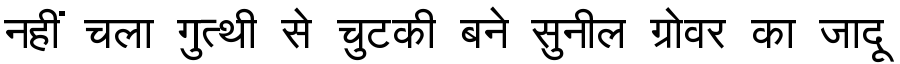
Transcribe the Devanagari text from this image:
नहीं चला गुत्थी से चुटकी बने सुनील ग्रोवर का जादू